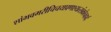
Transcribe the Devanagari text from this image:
शांभवमरीचिचयप्रणश्यत्संकोचहार्द